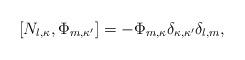
LaTeX: \begin{align*}[N_{l,\kappa},\Phi_{m,\kappa'}]=-\Phi_{m,\kappa}\delta_{\kappa,\kappa'}\delta_{l,m},\end{align*}